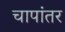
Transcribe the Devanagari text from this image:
चापांतर